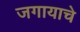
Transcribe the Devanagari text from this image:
जगायाचे